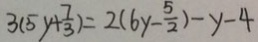
3 ( 5 y + \frac { 7 } { 3 } ) = 2 ( 6 y - \frac { 5 } { 2 } ) - y - 4